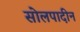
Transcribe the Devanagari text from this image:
सोलपादीन